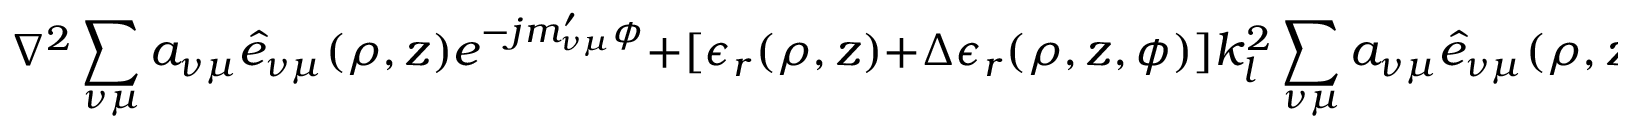
\nabla ^ { 2 } \sum _ { \nu \mu } a _ { \nu \mu } \hat { e } _ { \nu \mu } ( \rho , z ) e ^ { - j m _ { \nu \mu } ^ { \prime } \phi } + [ \epsilon _ { r } ( \rho , z ) + \Delta \epsilon _ { r } ( \rho , z , \phi ) ] k _ { l } ^ { 2 } \sum _ { \nu \mu } a _ { \nu \mu } \hat { e } _ { \nu \mu } ( \rho , z ) e ^ { - j m _ { \nu \mu } ^ { \prime } \phi } = { \vec { 0 } }